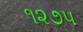
૧૨૭૫